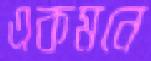
একমনে